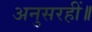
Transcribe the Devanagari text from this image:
अनुसरहीं॥